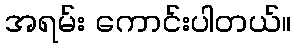
အရမ်း ကောင်းပါတယ်။